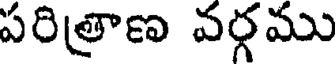
పరిత్రాణ వర్గము